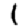
Digit: 1